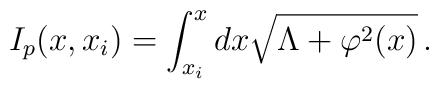
I_p(x,x_i) = \int^{x}_{x_i}{dx \sqrt{\Lambda + \varphi^2(x)}}\,.